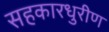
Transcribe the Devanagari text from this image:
सहकारधुरीण